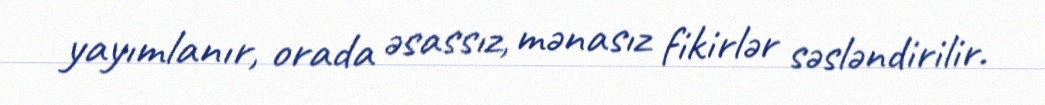
yayımlanır, orada əsassız, mənasız fikirlər səsləndirilir.